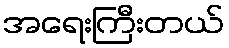
အရေးကြီးတယ်